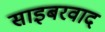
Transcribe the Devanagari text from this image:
साइबरवाद